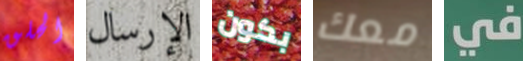
الحلق الإرسال بكون معك في